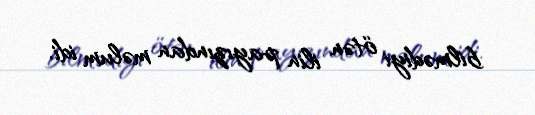
bilmədiyi ötən ilin payızından məlum idi.